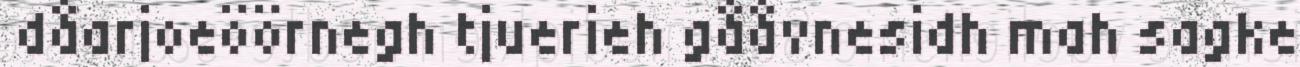
dåarjoeöörnegh tjuerieh gååvnesidh mah sagke